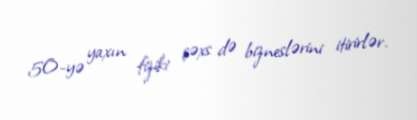
50-yə yaxın fiziki şəxs də bizneslərini itirirlər.